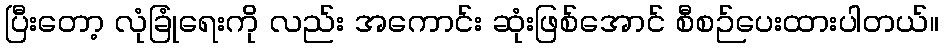
ပြီးတော့ လုံခြုံရေးကို လည်း အကောင်း ဆုံးဖြစ်အောင် စီစဉ်ပေးထားပါတယ်။